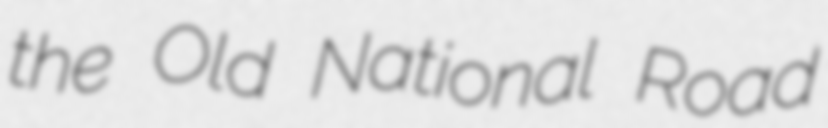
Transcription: the Old National Road